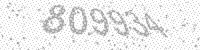
Solution: 809934